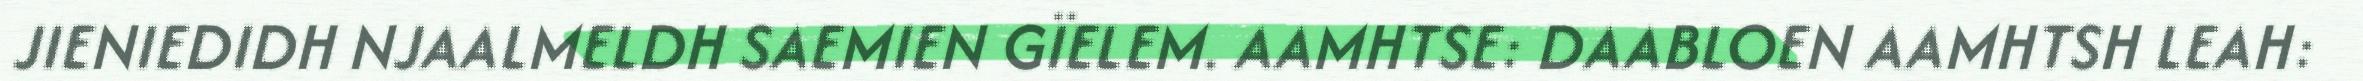
JIENIEDIDH NJAALMELDH SAEMIEN GÏELEM. AAMHTSE: DAABLOEN AAMHTSH LEAH: